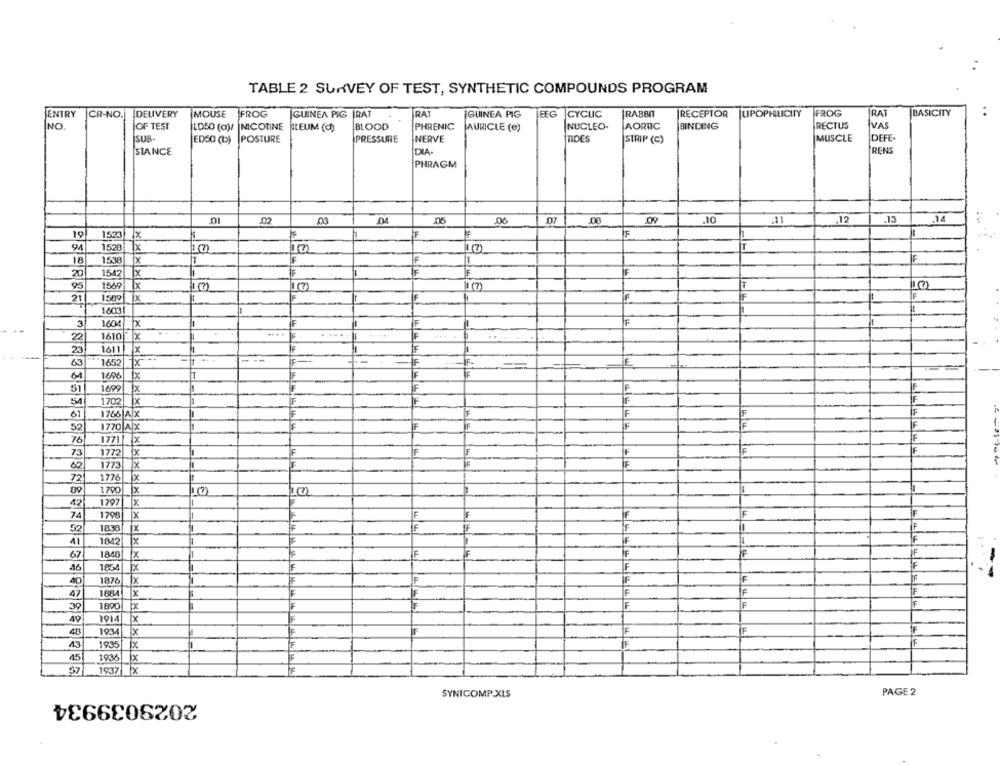
TABLE 2 SURVEY OF TEST, SYNTHETIC COMPOUNDS PROGRAM
ENTRY
CR-NO.
DELIVERY
MOUSE
FROG
GUINEA PIG RAT
RAT
¡GUINEA PIG
EEG
CYCLIC
RABBI
RECEPTOR UPOPHILICITY
FROG
RAT
BASICITY
..
NO
OF TEST
LD50 (a)/ NICOTINE
BLEUM (d)
BLOOD
PHRENIC
AURICLE (e)
NUCLEO-
AORTIC
BINDING
RECTUS
VAS
ISUB-
NERVE
TIDES
MUSCLE
DEFE-
EDS0 (b) POSTURE
PRESSURE
STRIP (C)
SIANCE
DIA
RENS
PHRAGM
02
,00
.05
.00
.00
,12
.13
19
1523
94
1520
T
Ix
17)
16
1538
IF
IF
X
20
1542
×
IF
95
-
1569 X
21
1589 X
IF
F
F
1603
-
IF
F
3
1604
IF
22
1610
x
F
..
23
1611
x
IF
---
63
1652
X
IF
IF-
64
1696
Ix
51
1699
x
F
F
54
1702 X
61
1766 AX
F
IF
52
1770 A X
F
F
F
F
76
1771 X
IF
73
F
IF
1772 x
62
1773
X
72
1776
x
09
1790
x
-
42
1797 x
F
F
74
1798
X
F
52
1838
x
IF
IF
F
11
1842
F
F
67
1840
X
F
IF
F
46
1854
F
F
1876
1x
F
47
1884
x
IF
IF
39
1890
F
IF
F
49
1914
x
F
40
1934
X
F
F
43
F
1935
F
15
1936
ix
57
1937 X
2029039934
SYNICOMP.XLS
PAGE 2